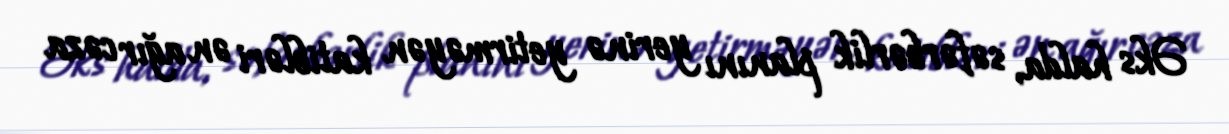
Əks halda, səfərbərlik planını yerinə yetirməyən katibləri ən ağır cəza